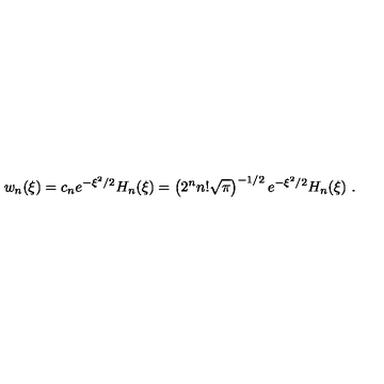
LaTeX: w _ { n } ( \xi ) = c _ { n } e ^ { - \xi ^ { 2 } / 2 } H _ { n } ( \xi ) = \left( 2 ^ { n } n ! \sqrt { \pi } \right) ^ { - 1 / 2 } e ^ { - \xi ^ { 2 } / 2 } H _ { n } ( \xi ) \ .